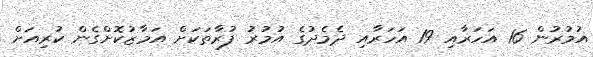
އުމުރުން 16 އަހަރާއި 19 އަހަރާއި ދެމެދުގެ އުމުރު ފުރާތަކަށް އަމާޒުކޮށްގެން ކުރިއަށް